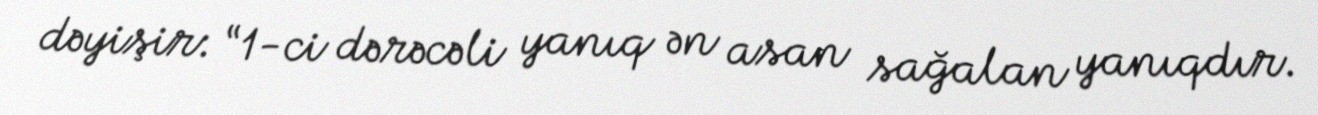
dəyişir: “1-ci dərəcəli yanıq ən asan sağalan yanıqdır.